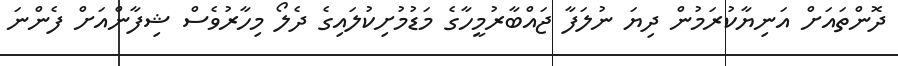
ދޮންތައަށް އަނިޔާކުރަމުން ދިޔަ ނުލަފާ ޖައްބާރުމީހާގެ މަޑުމުށިކުލައިގެ ދެލޯ މިހާރުވެސް ޝިފާންއަށް ފެންނަ